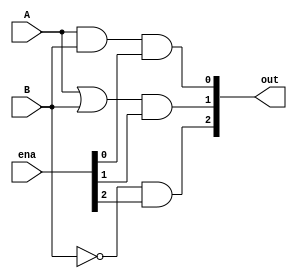
	module logic_unit (out, ena, A, B);
	input A, B;
	input [2:0] ena;
	output [2:0] out;
	wire AandB, AorB, invB;

	and (AandB, A, B);
	or  (AorB, A, B);
	not (invB, B);

	and (out[0], AandB, ena[0]);
	and (out[1], AorB, ena[1]);
	and (out[2], invB, ena[2]);
	endmodule